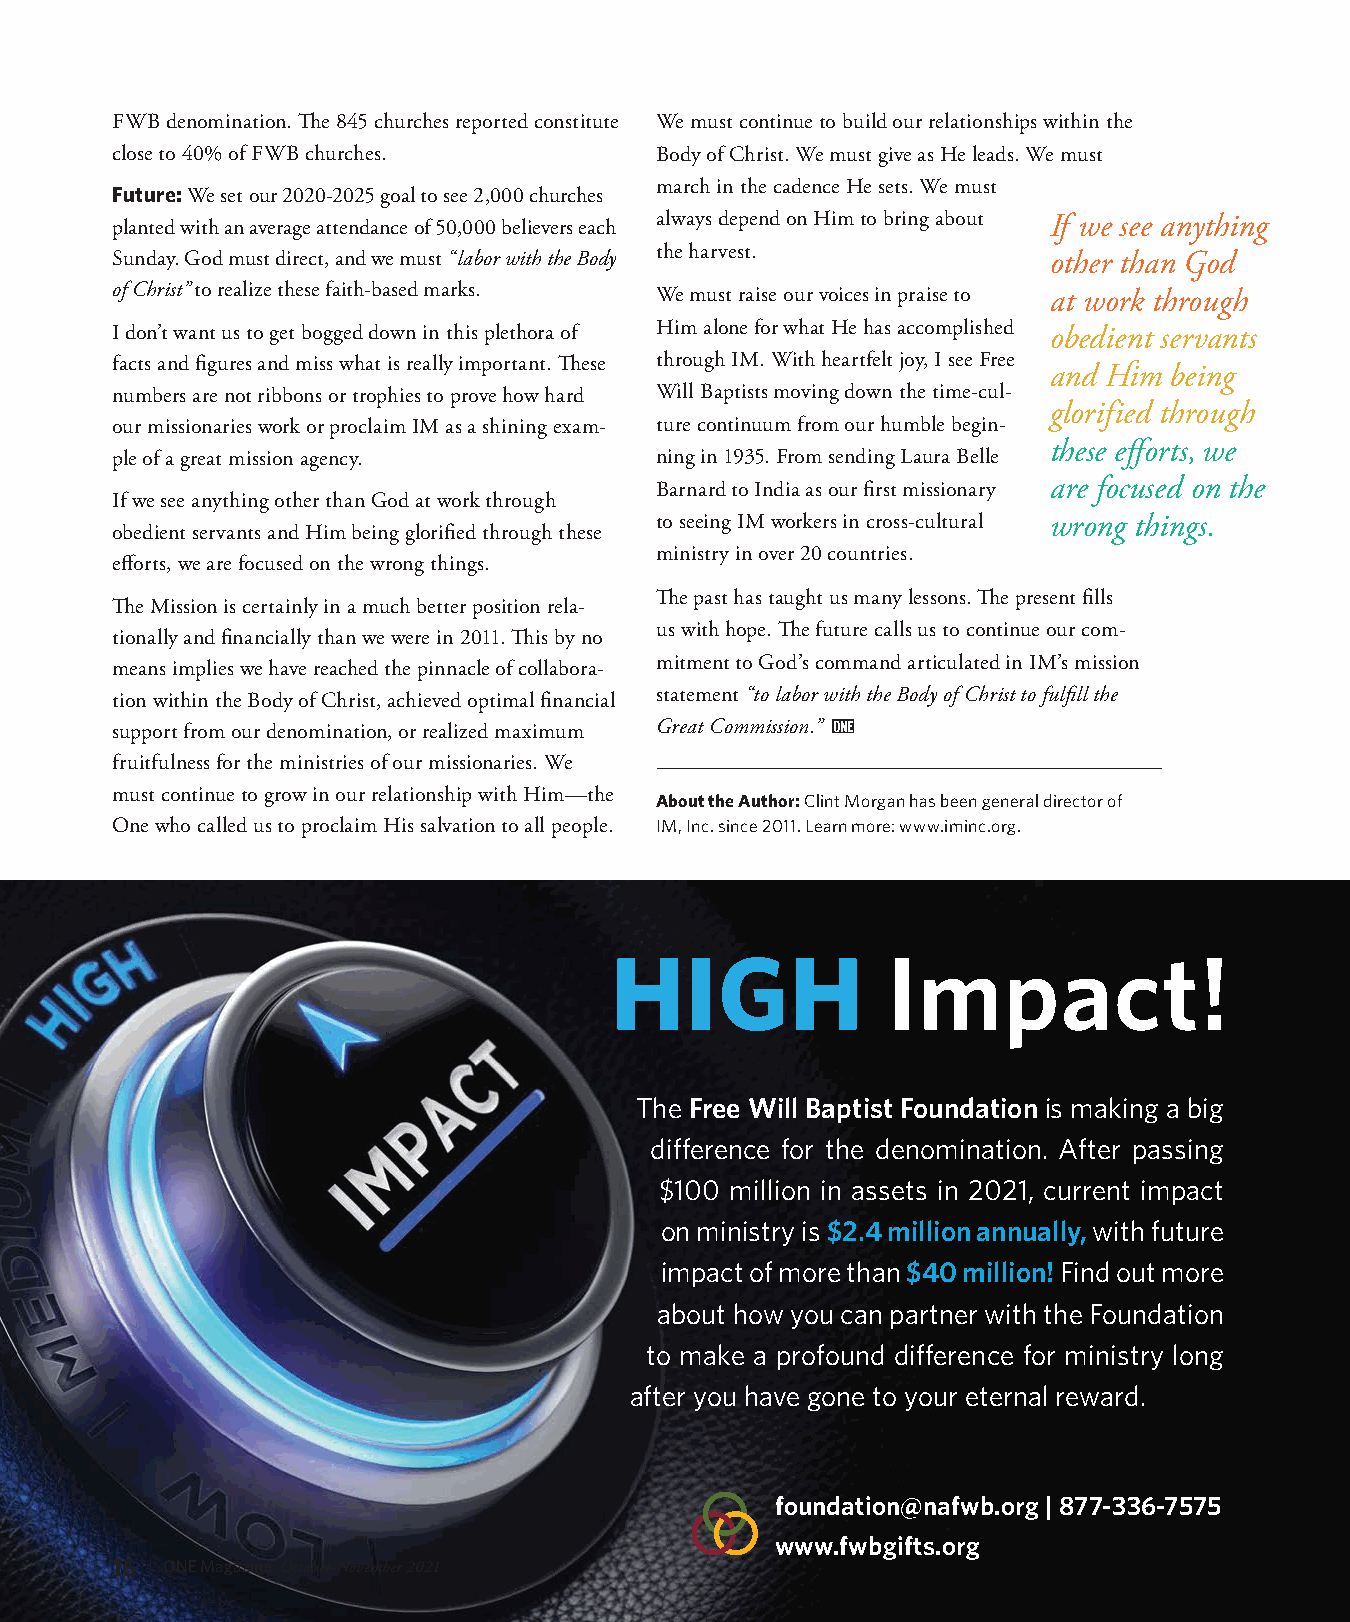
FWB denomination. The 845 churches reported constitute We must continue to build our relationships within the
 close to 40% of FWB churches.       Body of Christ. We must give as He leads. We must
 march in the cadence He sets. We must
 Future: We set our 2020-2025 goal to see 2,000 churches
 planted with an average attendance of 50,000 believers each always depend on Him to bring about If we see anything
 the harvest.
 Sunday. God must direct, and we must “labor with the Body      other than God
 of Christ” to realize these faith-based marks. We must raise our voices in praise to at work through
 I don’t want us to get bogged down in this plethora of Him alone for what He has accomplished obedient servants
 facts and figures and miss what is really important. These through IM. With heartfelt joy, I see Free
 and Him being
 numbers are not ribbons or trophies to prove how hard Will Baptists moving down the time-cul-
 glorified through
 our missionaries work or proclaim IM as a shining exam- ture continuum from our humble begin-
 these efforts, we
 ple of a great mission agency.      ning in 1935. From sending Laura Belle
 Barnard to India as our first missionary are focused on the
 If we see anything other than God at work through
 to seeing IM workers in cross-cultural wrong things.
 obedient servants and Him being glorified through these
 ministry in over 20 countries.
 efforts, we are focused on the wrong things.
 The past has taught us many lessons. The present fills
 The Mission is certainly in a much better position rela-
 us with hope. The future calls us to continue our com-
 tionally and financially than we were in 2011. This by no
 mitment to God’s command articulated in IM’s mission
 means implies we have reached the pinnacle of collabora-
 tion within the Body of Christ, achieved optimal financial statement “to labor with the Body of Christ to fulfill the
 support from our denomination, or realized maximum Great Commission.”
 fruitfulness for the ministries of our missionaries. We
 must continue to grow in our relationship with Him—the
 About the Author: Clint Morgan has been general director of
 One who called us to proclaim His salvation to all people. IM, Inc. since 2011. Learn more: www.iminc.org.
 HIGH               Impact!
 The Free Will Baptist Foundation is making a big
 difference for the denomination. After passing
 $100 million in assets in 2021, current impact
 on ministry is $2.4 million annually, with future
 impact of more than $40 million! Find out more
 about how you can partner with the Foundation
 to make a profound difference for ministry long
 after you have gone to your eternal reward.
 foundation@nafwb.org | 877-336-7575
 www.fwbgifts.org
 16 | ONE Magazine October-November 2021